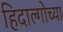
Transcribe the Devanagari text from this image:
हिदाल्गोच्या